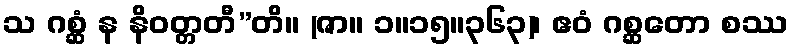
သ ဂစ္ဆံ န နိဝတ္တတီ”တိ။ (ဇာ။ ၁။၁၅။၃၆၃)၊ ဧဝံ ဂစ္ဆတော စဿ